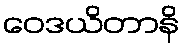
ဝေဒယိတာနိ